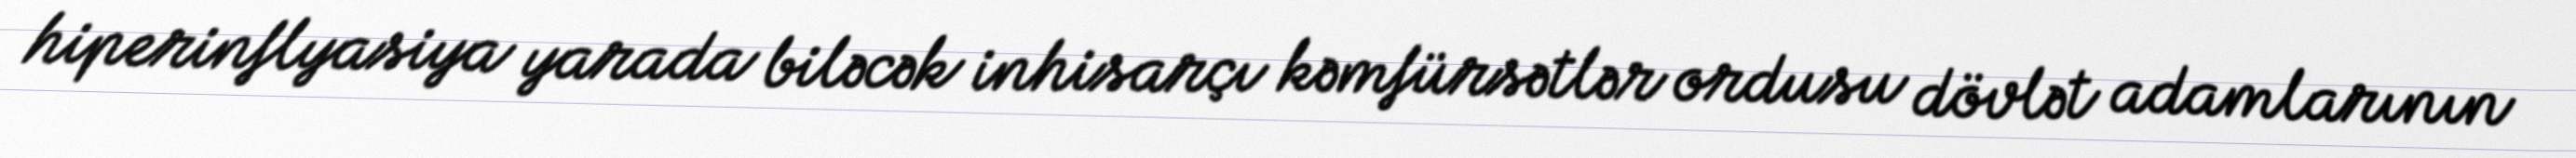
hiperinflyasiya yarada biləcək inhisarçı kəmfürsətlər ordusu dövlət adamlarının